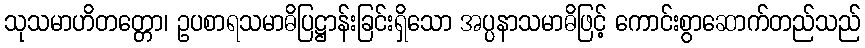
သုသမာဟိတတ္တော၊ ဥပစာရသမာဓိပြဋ္ဌာန်းခြင်းရှိသော အပ္ပနာသမာဓိဖြင့် ကောင်းစွာဆောက်တည်သည်